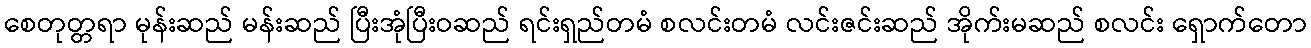
စေတုတ္တရာ မုန်းဆည် မန်းဆည် ပြီးအုံပြီးဝဆည် ရင်းရှည်တမံ စလင်းတမံ လင်းဇင်းဆည် အိုက်းမဆည် စလင်း ရှောက်တော